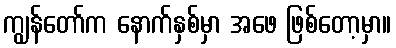
ကျွန်တော်က နောက်နှစ်မှာ အဖေ ဖြစ်တော့မှာ။